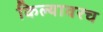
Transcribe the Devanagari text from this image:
किल्यावरच